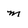
Character: m